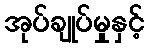
အုပ်ချုပ်မှုနှင့်